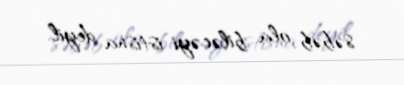
səbəb ola biləcəyi istisna deyil.